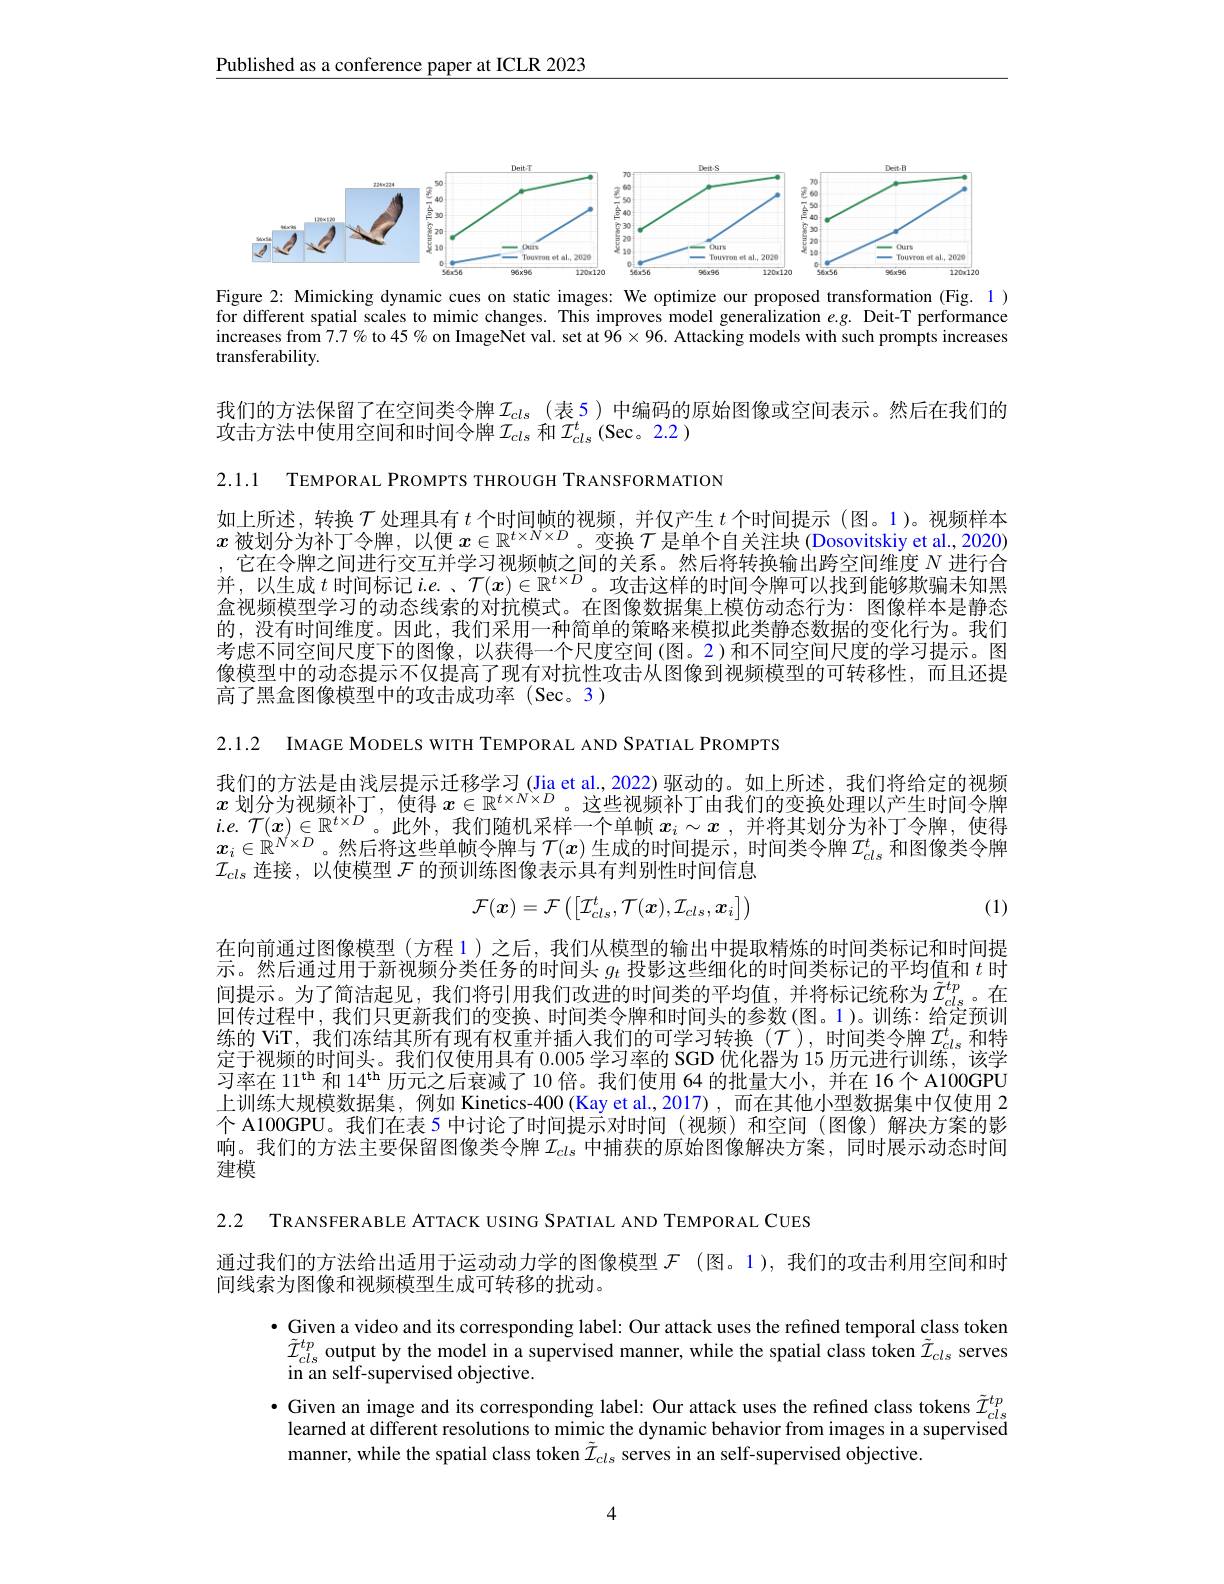
Published as a conference paper at ICLR 2023

<FigureHere>
Figure 2: Mimicking dynamic cues on static images: We optimize our proposed transformation (Fig. 1)

for different spatial scales to mimic changes. This improves model generalization $e.g.$ Deit-T performance increases from $7.7\%$ to 45% on ImageNet val. set at $96\times96.$ Attacking models with such prompts increases ${\mathrm{transferability}}$

我们的方法保留了在空间类令牌$\mathcal{I}_\mathrm{cls}$ (表 5)中编码的原始图像或空间表示。然后在我们的
攻击方法中使用空间和时间令牌$\mathcal{I}_cls$和$\mathcal{I}_cls^t$ (Sec。2.2 )

2.1.1 TEMPORAL PROMPTS THROUGH TRANSFORMATION

如上所述，转换$T$处理具有$t$个时间帧的视频，并仅产生$t$个时间提示(图。1)。视频样本$x$被划分为补丁令牌，以便$x\in\mathbb{R}^t\times N\times D$。变换$\mathcal{T}$是单个自关注块 (Dosovitskiy et al., 2020) ,它在令牌之间进行交互并学习视频帧之间的关系。然后将转换输出跨空间维度$N$进行合并，以生成$t$时间标记$i.e.$、$\mathcal{T}(x)\in\mathbb{R}^{t\times D}$。攻击这样的时间令牌可以找到能够欺骗未知黑盒视频模型学习的动态线索的对抗模式。在图像数据集上模仿动态行为：图像样本是静态的，没有时间维度。因此，我们采用一种简单的策略来模拟此类静态数据的变化行为。我们考虑不同空间尺度下的图像，以获得一个尺度空间(图。2)和不同空间尺度的学习提示。图像模型中的动态提示不仅提高了现有对抗性攻击从图像到视频模型的可转移性，而且还提高了黑盒图像模型中的攻击成功率(Sec。3)

2.1.2 IMAGE MODELS WITH TEMPORAL AND SPATIAL PROMPTS

我们的方法是由浅层提示迁移学习(Jia et al.,2022)驱动的。如上所述，我们将给定的视频$x$划分为视频补丁，使得 $x\in\mathbb{R}^t\times N\times D$。这些视频补丁由我们的变换处理以产生时间令牌ie T$(x)\in\mathbb{R}^{t\times D}$ :此外 我们随机采样一个单帧$x_\cdot\sim x$并将甘划分为补下今牌 佈復$x_i\in\mathbb{R}^{N\times\bar{D}}$。然后将这些单帧令牌与$\mathcal{T}(x)$生成的时间提示，时间类令牌$\mathcal{I}_cls^t$和图像类令牌$\mathcal{I}_{cls}$连接，以使模型$\mathcal{F}$的预训练图像表示具有判别性时间信息
$$\mathcal{F}(\boldsymbol{x})=\mathcal{F}\left(\begin{bmatrix}\mathcal{I}_{cls}^t,\mathcal{T}(\boldsymbol{x}),\mathcal{I}_{cls},\boldsymbol{x}_i\end{bmatrix}\right)$$
(1)

在向前通过图像模型 (方程 1)之后，我们从模型的输出中提取精炼的时间类标记和时间提示。然后通过用于新视频分类任务的时间头$g_t$投影这些细化的时间类标记的平均值和$t$时间提示。为了简洁起见，我们将引用我们改进的时间类的平均值，并将标记统称为$\tilde{I}_{cls}^{tp}$。在回传过程中，我们只更新我们的变换、时间类令牌和时间头的参数(图。1)。训练：给定预训练的 ViT, 我们冻结其所有现有权重并插人我们的可学习转换($\mathcal{T})$,时间类令牌$\mathcal{I}_cls^t$和特定干视频的时间头。我们仅使用具有0.005学习率的 SGD 优化器为 15 历元进行训练，该学习率在 11$^\mathrm{th}$和 14$^\mathrm{th}$历元之后衰减了 10 倍。我们使用 64 的批量大小，并在 16个 A100GPU 上训练大规模数据集，例如 Kinetics-400 (Kay et al.,2017),而在其他小型数据集中仅使用 2个 A100GPU。我们在表 5 中讨论了时间提示对时间 (视频)和空间 (图像)解决方案的影响。我们的方法主要保留图像类令牌$\mathcal{I}_{cls}$ 中捕获的原始图像解决方案，同时展示动态时间建模

2.2 TRANSFERABLE ATTACK USING SPATIAL AND TEMPORAL CUES
通过我们的方法给出适用于运动动力学的图像模型$\mathcal{F}$ (图。1),我们的攻击利用空间和时
间线索为图像和视频模型生成可转移的扰动。
$\bullet$ Given a video and its corresponding label: Our attack uses the refined temporal class token $\tilde{\mathcal{I}}_{cls}^{tp}$ output by the model in a supervised manner, while the spatial class token $\tilde{\mathcal{I}}_{cls}$ serves in an self-supervised objective.
$\bullet$ Given an image and its corresponding label: Our attack uses the refined class tokens $\tilde{\mathcal{I}}_cls^{tp}$
learned at different resolutions to mimic the dynamic behavior from images in a supervised
manner, while the spatial class token $\tilde{\mathcal{I}}_{cls}$ serves in an self-supervised objective.

4